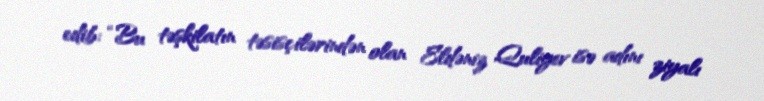
edib: “Bu təşkilatın təsisçilərindən olan Eldəniz Quliyev isə adını ziyalı